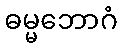
ဓမ္မဘောဂံ